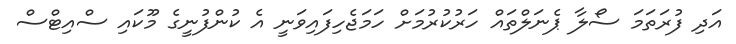
އަދި ފުރަތަމަ ސޯލާ ޕެނަލްތައް ހަރުކުރުމަށް ހަމަޖެހިފައިވަނީ އެ ކުންފުނީގެ މޫކައި ސްއިޓްސް